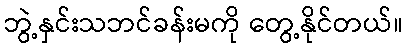
ဘွဲ့နှင်းသဘင်ခန်းမကို တွေ့နိုင်တယ်။